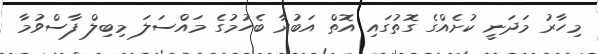
މިހާރު މަދަނީ ކުށެއްގެ ގޮތުގައި އޮތް އަބުރާ ބެހުމުގެ މައްސަލަ މިބިލް ފާސްވުމާ